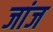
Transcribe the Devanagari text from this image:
जांज